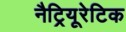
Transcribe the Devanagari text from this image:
नैट्रियूरेटिक